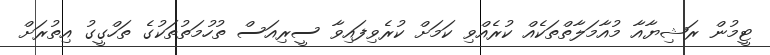
ޓީމުން ރަޝިޔާއާ މުއާމަލާތްތަކެއް ކުރެއްވި ކަމަށް ކުރެވިފައިވާ ސީރިއަސް ތުހުމަތުތަކުގެ ތަހްގީގު އިތުރަށް